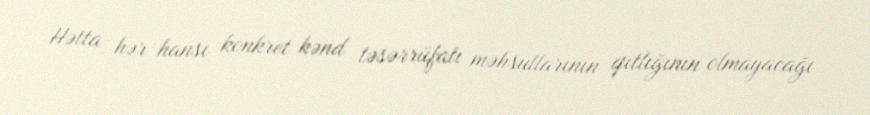
Hətta hər hansı konkret kənd təsərrüfatı məhsullarının qıtlığının olmayacağı